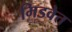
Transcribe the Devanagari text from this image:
मिडवेत